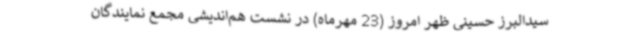
سیدالبرز حسینی ظهر امروز (23 مهرماه) در نشست هم‌اندیشی مجمع نمایندگان